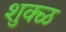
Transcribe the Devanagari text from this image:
शुक्ळ